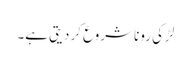
لڑکی رونا شروع کر دیتی ہے۔